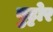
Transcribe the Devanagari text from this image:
बुट्टोर